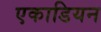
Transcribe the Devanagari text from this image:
एकाडियन